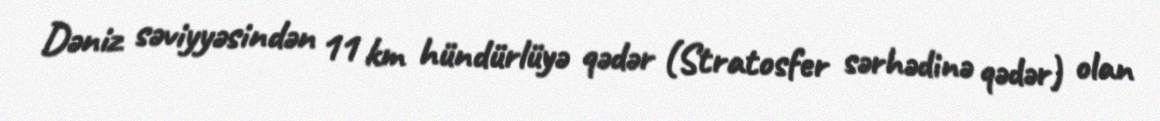
Dəniz səviyyəsindən 11 km hündürlüyə qədər (Stratosfer sərhədinə qədər) olan